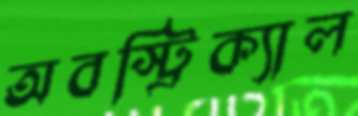
অবস্ট্রিক্যাল